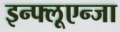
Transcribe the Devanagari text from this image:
इन्फ्लूएन्जा